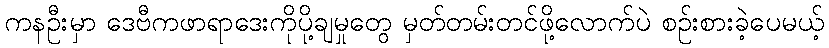
ကနဦးမှာ ဒေဗီကဖာရာဒေးကိုပို့ချမှုတွေ မှတ်တမ်းတင်ဖို့လောက်ပဲ စဉ်းစားခဲ့ပေမယ့်